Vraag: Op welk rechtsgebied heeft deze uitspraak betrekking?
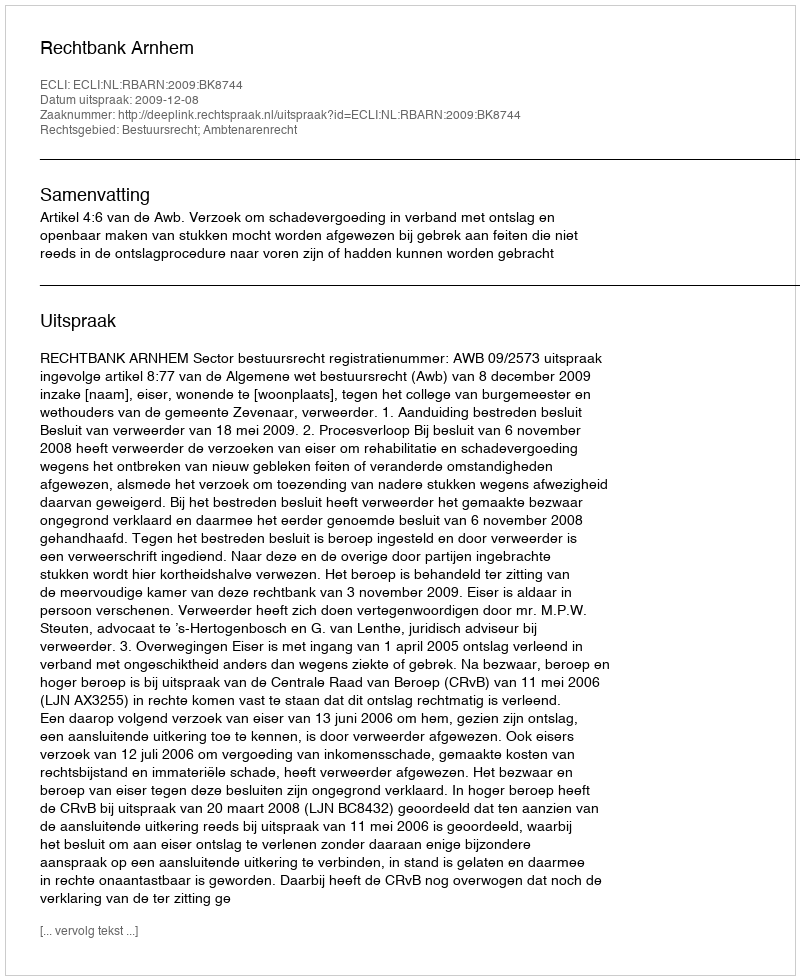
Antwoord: Bestuursrecht; Ambtenarenrecht